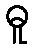
ဓူ